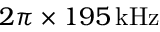
2 \pi \times 1 9 5 \, \mathrm { k H z }